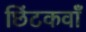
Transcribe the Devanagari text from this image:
छिंटकवाँ